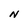
Character: N